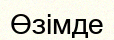
Өзімде